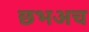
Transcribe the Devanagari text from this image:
छभअच